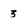
Character: 3